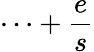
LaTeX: \cdots+\frac{e}{s}